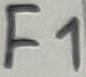
Text: F1